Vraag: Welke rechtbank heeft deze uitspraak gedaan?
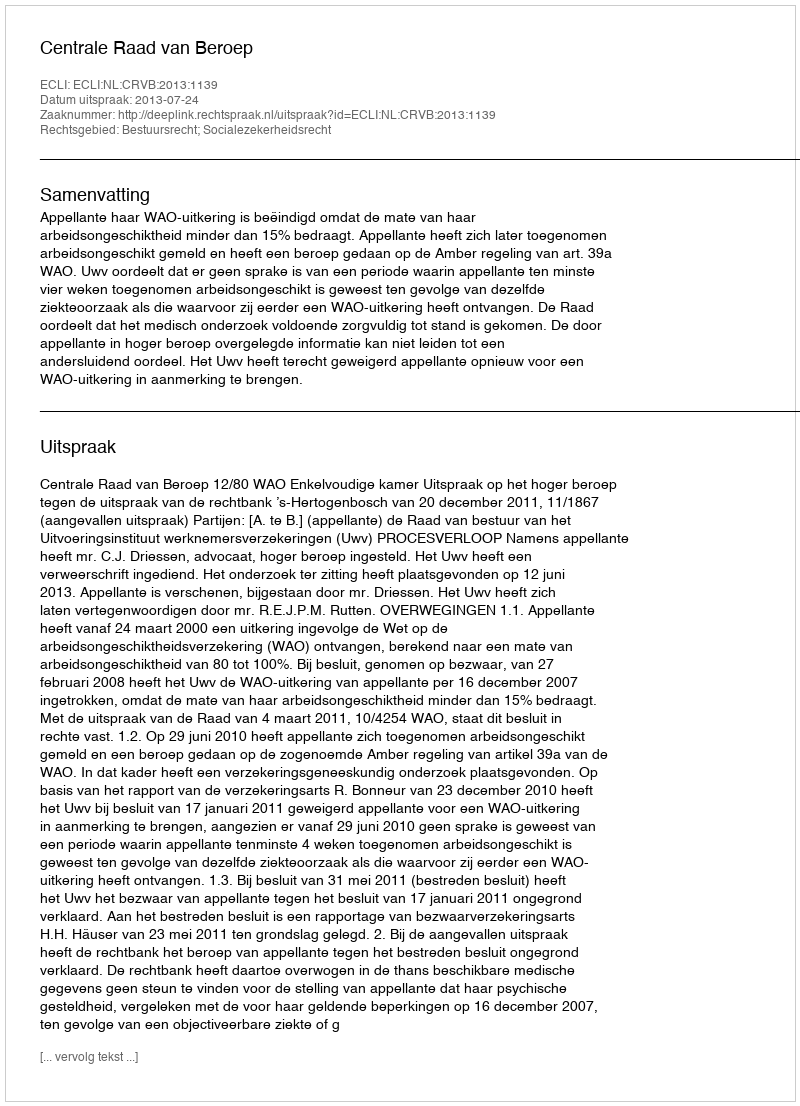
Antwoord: Centrale Raad van Beroep